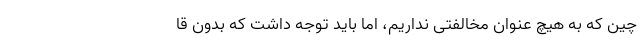
چين كه به هيچ عنوان مخالفتی نداريم، اما بايد توجه داشت كه بدون قا